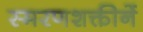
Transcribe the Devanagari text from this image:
स्मरणशक्तीनें